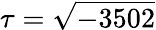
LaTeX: \tau={\sqrt{-3502}}